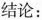
结论：